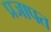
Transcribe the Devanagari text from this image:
प्रजापत